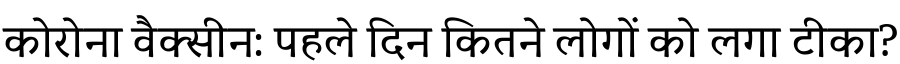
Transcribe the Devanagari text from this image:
कोरोना वैक्सीन: पहले दिन कितने लोगों को लगा टीका?